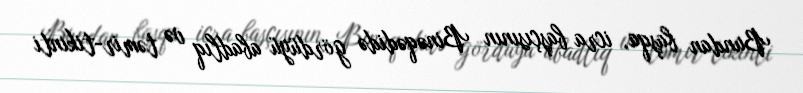
Bundan başqa, icra başçısının Binəqədidə gördüyü abadlıq və təmir-tikinti